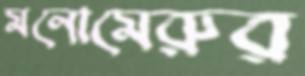
মনোমেরুর